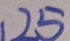
1 2 5